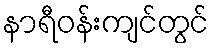
နာရီဝန်းကျင်တွင်